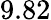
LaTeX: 9.82